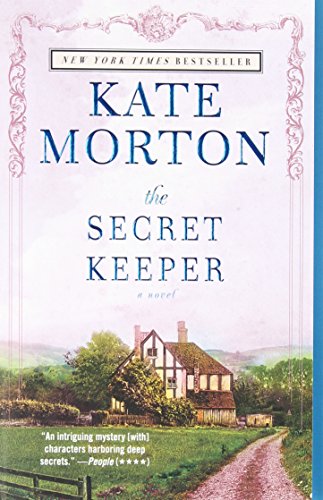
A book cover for The Secret Keeper: A Novel; Kate Morton; Literature & Fiction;